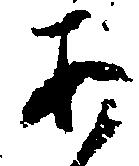
あ